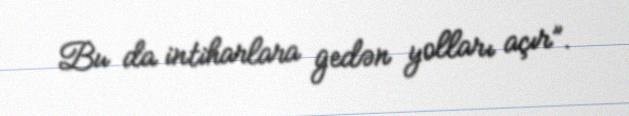
Bu da intiharlara gedən yolları açır”.